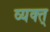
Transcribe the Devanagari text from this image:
व्यक्त्